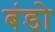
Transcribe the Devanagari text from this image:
बंडो